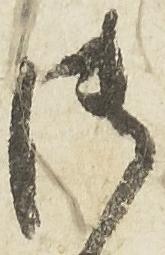
御